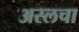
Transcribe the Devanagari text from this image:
अरलचा